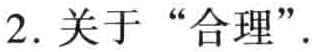
2. 关于 “合理”.